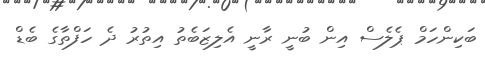
ބަކިންހަމް ޕެލެސް އިން ބުނީ ރާނީ އެލިޒަބެތު އިތުރު ދެ ހަފްތާގެ ބެޑް